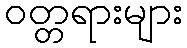
ဝတ္တရားများ